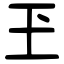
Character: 玊